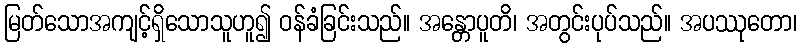
မြတ်သောအကျင့်ရှိသောသူဟူ၍ ဝန်ခံခြင်းသည်။ အန္တောပူတိ၊ အတွင်းပုပ်သည်။ အပဿုတော၊